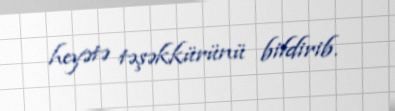
heyətə təşəkkürünü bildirib.